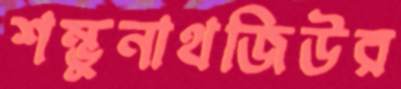
শম্ভুনাথজিউর